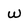
Character: w